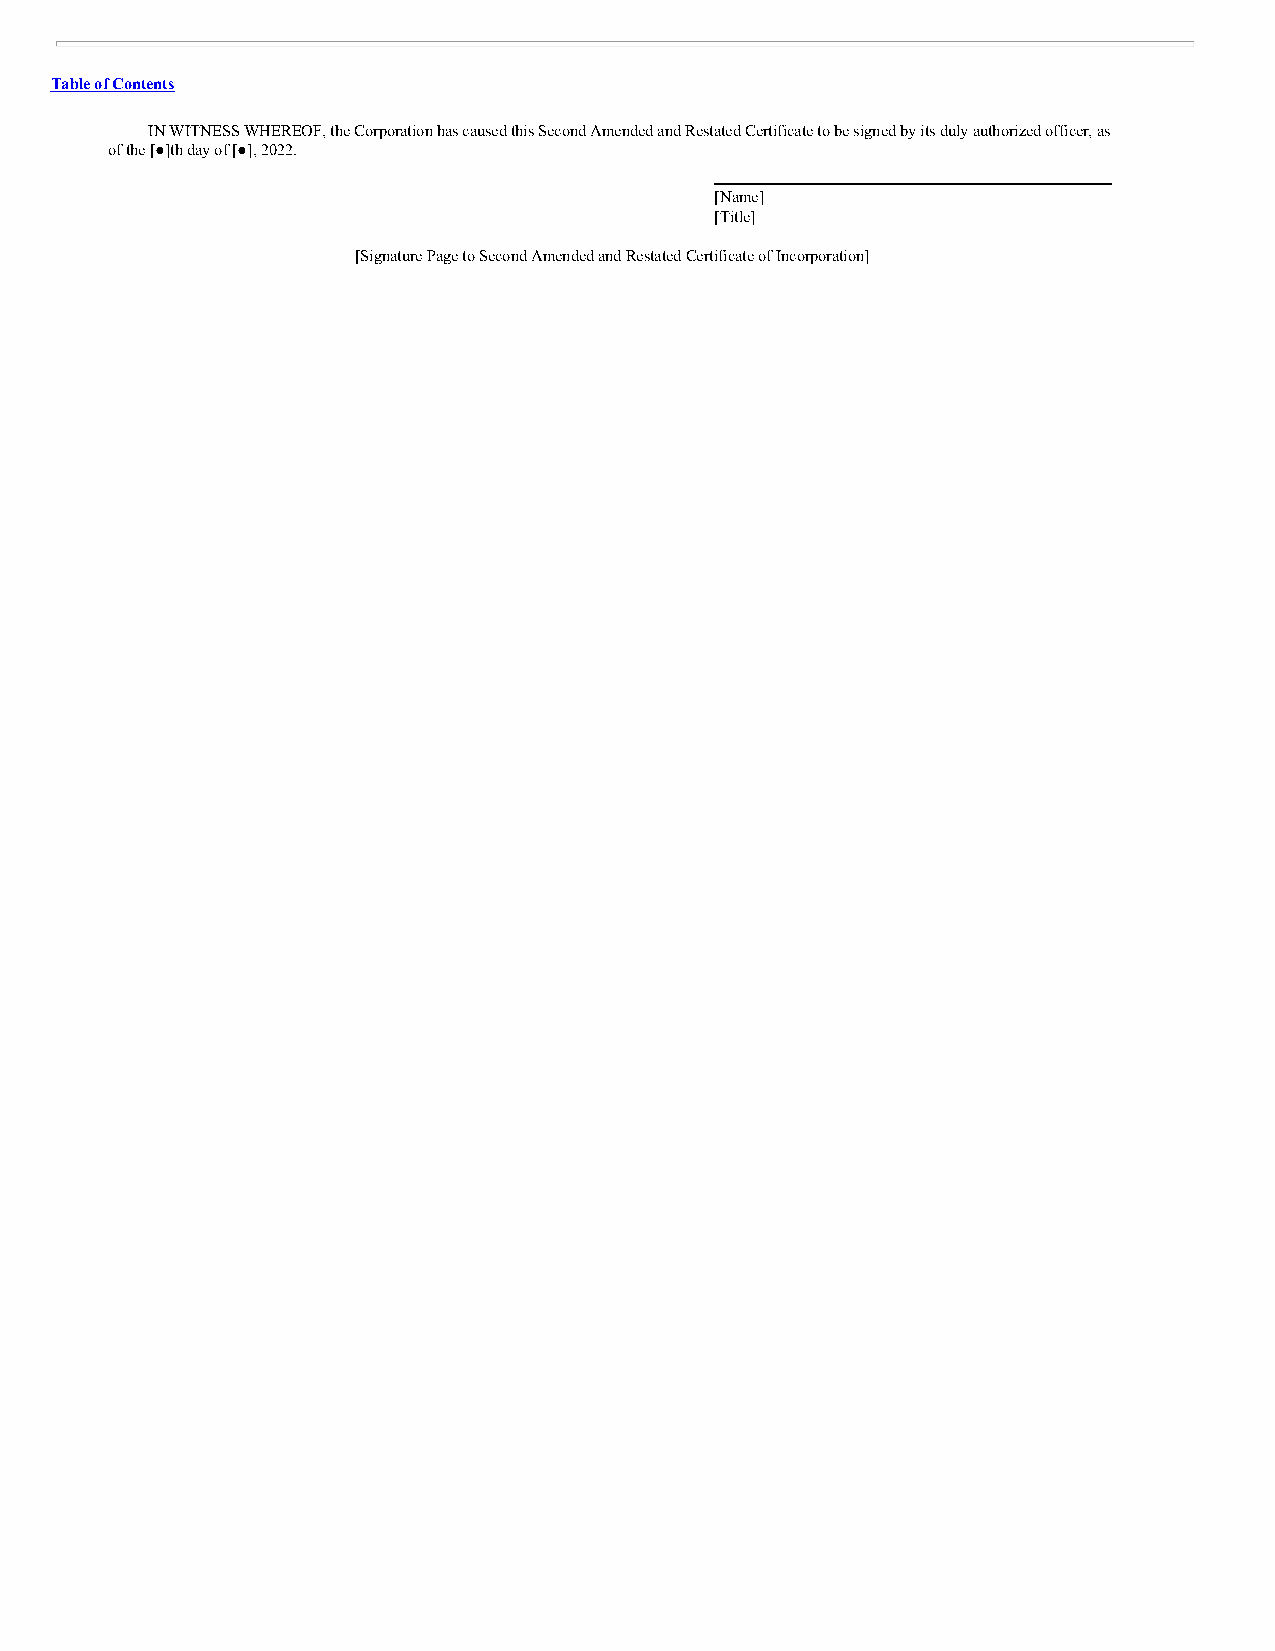
Table of Contents
 IN WITNESS WHEREOF, the Corporation has caused this Second Amended and Restated Certificate to be signed by its duly authorized officer, as
 of the [●]th day of [●], 2022.
 [Name]
 [Title]
 [Signature Page to Second Amended and Restated Certificate of Incorporation]